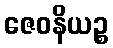
ဇေဝနိယဉ္စ